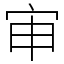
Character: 审